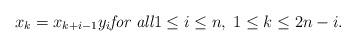
LaTeX: \begin{align*}x_k=x_{k+i-1}y_i \textit{for all} 1\le i \le n, \; 1\le k \le 2n-i.\end{align*}